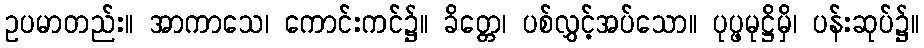
ဥပမာတည်း။ အာကာသေ၊ ကောင်းကင်၌။ ခိတ္တေ၊ ပစ်လွှင့်အပ်သော။ ပုပ္ဖမုဋ္ဌိမှိ၊ ပန်းဆုပ်၌။